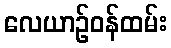
လေယာဉ်ဝန်ထမ်း